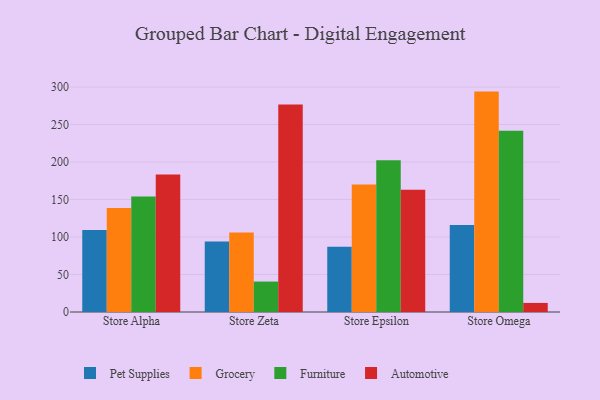
{"axis": {"x": "Store", "y": "Satisfaction Score"}, "legend": ["Automotive", "Furniture", "Grocery", "Pet Supplies"], "data": [{"x": "Store Alpha", "y": 109.3, "type": "Pet Supplies"}, {"x": "Store Alpha", "y": 138.8, "type": "Grocery"}, {"x": "Store Alpha", "y": 154.1, "type": "Furniture"}, {"x": "Store Alpha", "y": 183.4, "type": "Automotive"}, {"x": "Store Zeta", "y": 94.0, "type": "Pet Supplies"}, {"x": "Store Zeta", "y": 106.1, "type": "Grocery"}, {"x": "Store Zeta", "y": 40.6, "type": "Furniture"}, {"x": "Store Zeta", "y": 276.7, "type": "Automotive"}, {"x": "Store Epsilon", "y": 87.0, "type": "Pet Supplies"}, {"x": "Store Epsilon", "y": 170.1, "type": "Grocery"}, {"x": "Store Epsilon", "y": 202.5, "type": "Furniture"}, {"x": "Store Epsilon", "y": 162.9, "type": "Automotive"}, {"x": "Store Omega", "y": 116.1, "type": "Pet Supplies"}, {"x": "Store Omega", "y": 293.9, "type": "Grocery"}, {"x": "Store Omega", "y": 241.7, "type": "Furniture"}, {"x": "Store Omega", "y": 12.1, "type": "Automotive"}]}